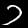
Digit: 7